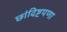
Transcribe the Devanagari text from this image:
छांदिष्टपणा